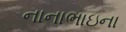
નાનાભાઇના